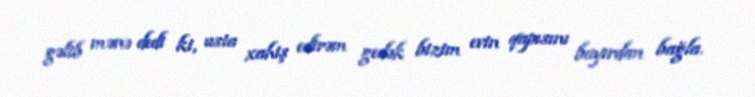
gəlib mənə dedi ki, usta xahiş edirəm gedək bizim evin qapısını bayırdan bağla.